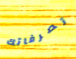
تصرفاتك